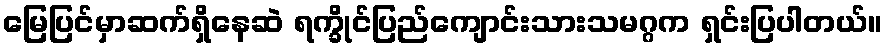
မြေပြင်မှာဆက်ရှိနေဆဲ ရက္ခိုင်ပြည်ကျောင်းသားသမဂ္ဂက ရှင်းပြပါတယ်။